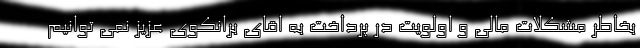
بخاطر مشکلات مالی و اولویت در پرداخت به اقای برانکوی عزیز نمی توانیم